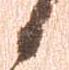
候